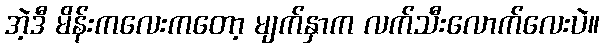
အဲ့ဒီ မိန်းကလေးကတော့ မျက်နှာက လက်သီးလောက်လေးပဲ။